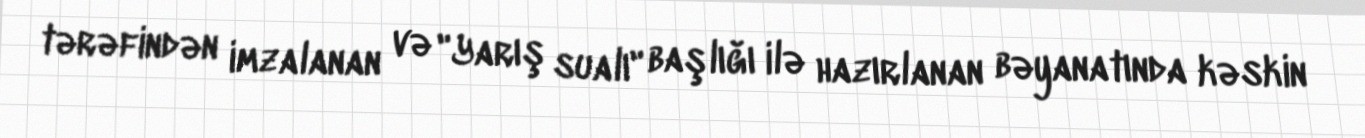
tərəfindən imzalanan və "Yarış sualı" başlığı ilə hazırlanan bəyanatında kəskin